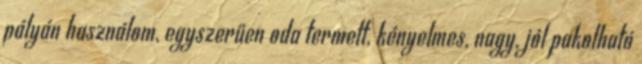
pályán használom, egyszerűen oda termett, kényelmes, nagy, jól pakolható